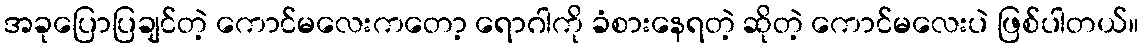
အခုပြောပြချင်တဲ့ ကောင်မလေးကတော့ ရောဂါကို ခံစားနေရတဲ့ ဆိုတဲ့ ကောင်မလေးပဲ ဖြစ်ပါတယ်။